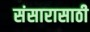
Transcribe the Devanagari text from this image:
संसारासाठी